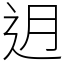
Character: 迌